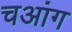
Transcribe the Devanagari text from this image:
चआंग